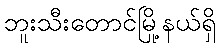
ဘူးသီးတောင်မြို့နယ်ရှိ